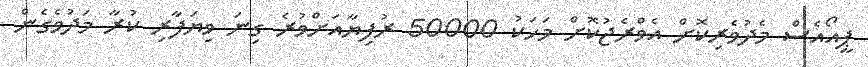
ޕީއޯއެސް މެދުވެރިކޮށް އެވްރެޖުކޮށް މަހަކު 50000 ރުފިޔާއަށްވުރެ ގިނަ ވިޔަފާރި ކުރާ މަދުވެގެން